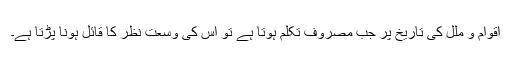
اقوام و ملل کی تاریخ پر جب مصروف تکلم ہوتا ہے تو اس کی وسعت نظر کا قائل ہونا پڑتا ہے۔